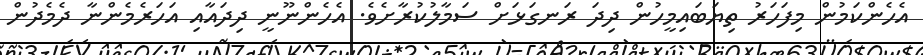
އެހެންކަމުން މިފަހަރު ތިޔަބައިމީހުން ދިދަ ރަނގަޅަށް ސަމާލުކުރާށެވެ. އެހެންނޫނީ ދިދައާއި އަހަރެމެންނާ ދެމެދުން